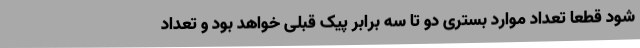
شود قطعا تعداد موارد بستری دو تا سه برابر پیک قبلی خواهد بود و تعداد